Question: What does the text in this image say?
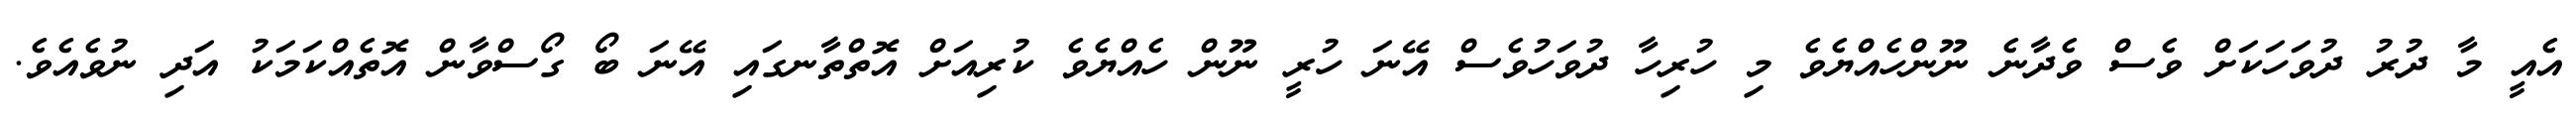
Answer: އެއީ މާ ދުރު ދުވަހަކަށް ވެސް ވެދާނެ ނޫންހެއްޔެވެ މި ހުރިހާ ދުވަހުވެސް އޭނަ ހުރީ ނޫން ހެއްޔެވެ ކުރިއަށް އޮތްތާނގައި އޭނަ ބޯ ގޯސްވާން އޮތެއްކަމަކު އަދި ނުވެއެވެ.